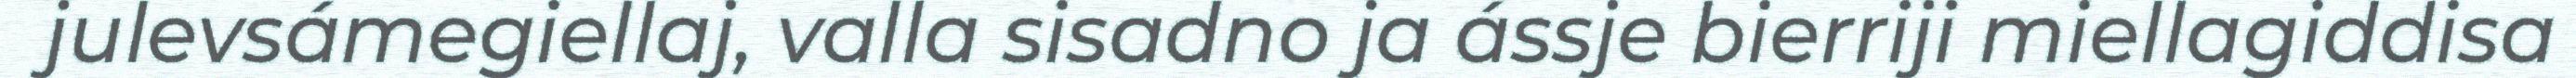
julevsámegiellaj, valla sisadno ja ássje bierriji miellagiddisa